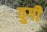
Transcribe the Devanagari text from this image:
वुगी